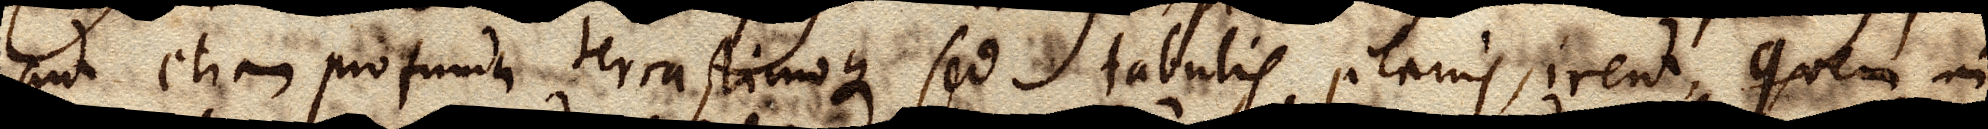
aut etiam profunda terra limoque, sed tabulis planis, irent, quem in